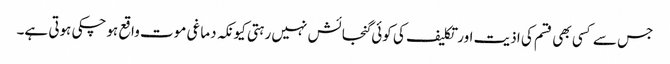
جس سے کسی بھی قسم کی اذیت اور تکلیف کی کوئی گنجائش نہیں رہتی کیونکہ دماغی موت واقع ہوچکی ہوتی ہے۔